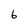
Character: 6